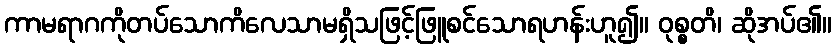
ကာမရာဂကိုတပ်သောကိလေသာမရှိသဖြင့်ဖြူစင်သောရဟန်းဟူ၍။ ဝုစ္စတိ၊ ဆိုအပ်၏။